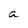
Character: a